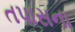
તપાસના